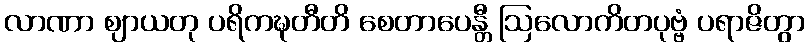
လာဏာ ဈာယတု ပရိကဍ္ဎတီတိ စေတာပေန္တီ ဩလောကိတပုဗ္ဗံ ပရာဇိတွာ